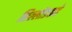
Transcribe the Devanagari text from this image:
सिल्लोडकडे